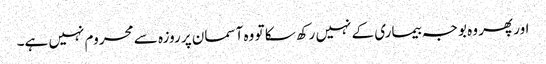
اور پھر وہ بوجہ بیماری کے نہیں رکھ سکا تو وہ آسمان پر روزہ سے محروم نہیں ہے۔